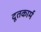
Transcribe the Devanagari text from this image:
दूतकार्म